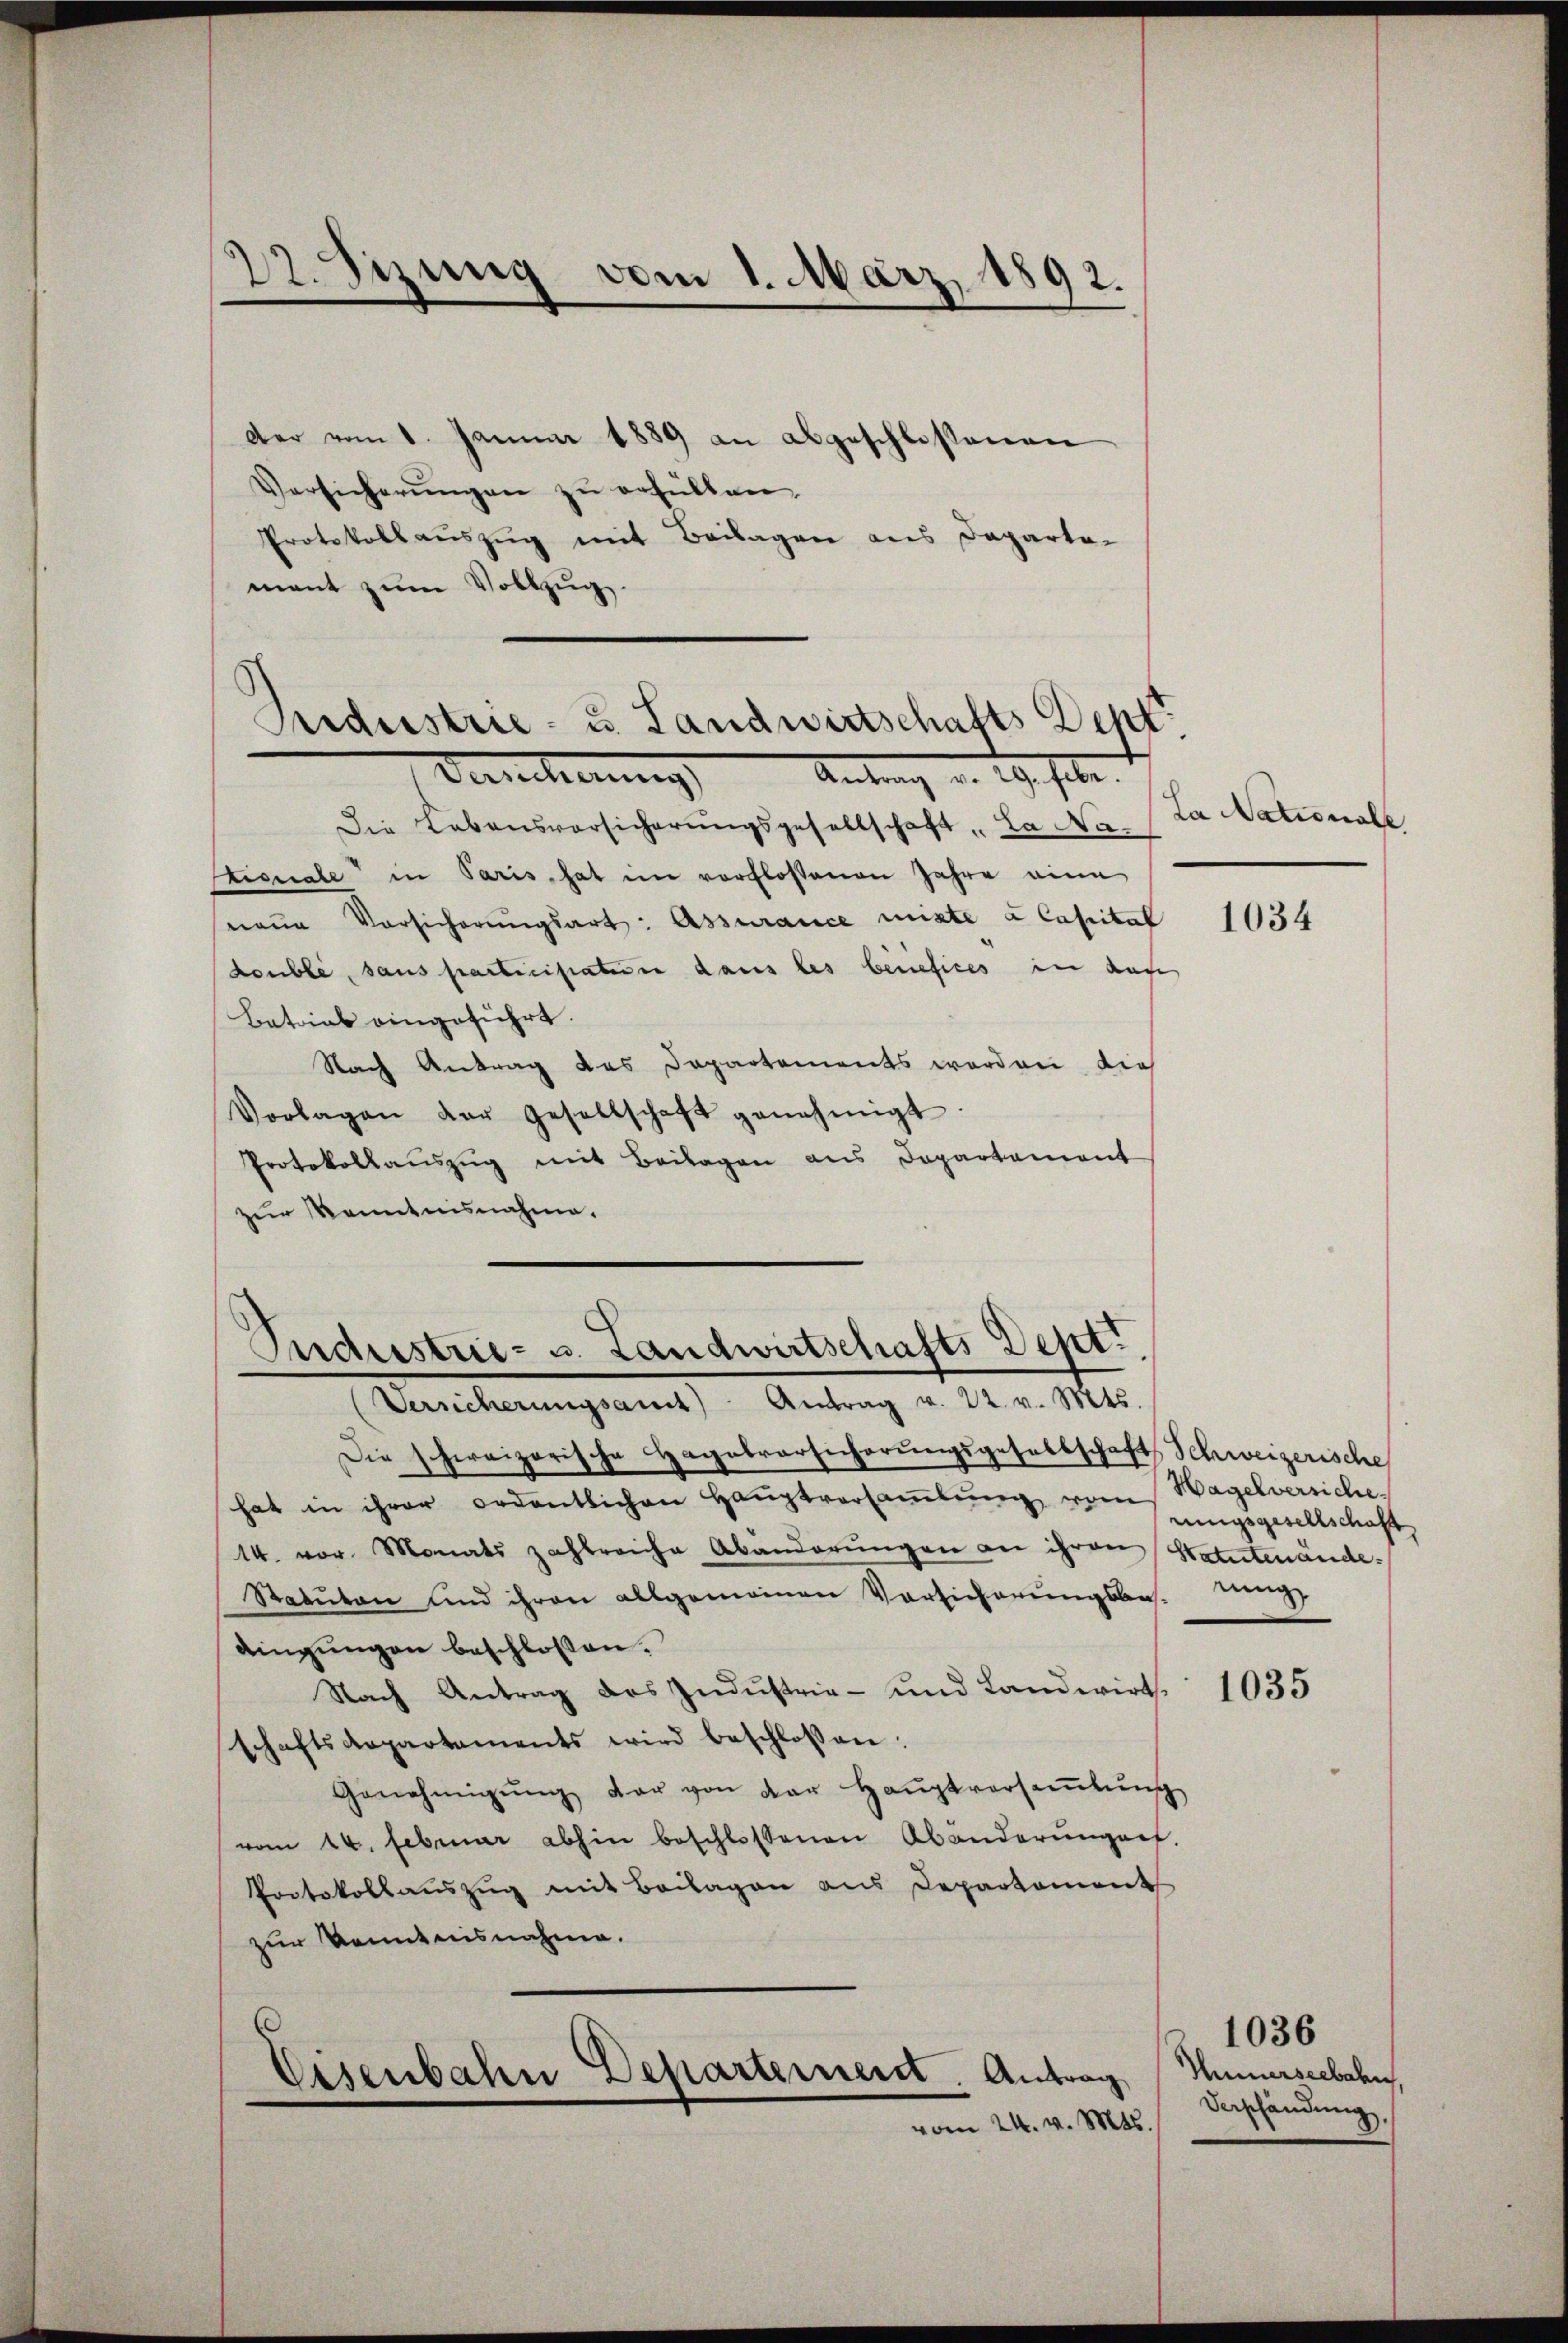
der vom 1. Januar 1889 an abgeschlossenen
Versicherŭngen zŭ erfüllen,
Protokollauszug mit Beilagen aus Departa-
mant zum Vollzug.

27. Sizung vom 1. März 1892.

Seidestrie- u. Landwirtschafts Dept
Venncherung
Antrag d. 29. selbe

Die Lebensvorsicherungsgesellschaft La Na-
Stionale in Paris hat im verflossenen Jahre eine
naue Vorsicherŭngsart: Assurance mitte a Capital
doublé, sans particistaterie dans les benefices in auf
Betrieb eingeführt.
Nach Antrag des Departements werden dies
Vorlagen der Gesellschaft genehmigt.
Protokollaŭszŭg mit Beilagen aus Departement
zur Kenntnisnahme.

Industrie- u. Landwirtschafts Dept.
Versicherŭngsamt Antrag v. 22. v. Mts.

Die schereizerische Hagabrorsicherŭngsgesellschaft Schweizerische
hat in ihrer ordentlichen Haŭptversaṁlŭng vom Wagelversiche
14. vor Monats zahlreiche Abänderungen an ihren Statutenände:
Statuten und ihren allgemeinen Vorsicherungsbes.
dingungen beschlossen.
Nach Antrag des Industrie- und Landwirt
schaftsdepartaments wird beschlossen:
Genehmigŭng der von der Haŭptversaṁlŭng
vom 14. Februar abhin beschlossenen Abänderŭngen.
Protokollauszug mit Beilagen aus Departement
zur Kenntnisnahme.
.
Eisenbahn Departement. Antrag
vom 24. v. Mts.

La Nationale

1034

rungsgesellschaft

1035

1036
Hunnerseebahn,
Verschändung,